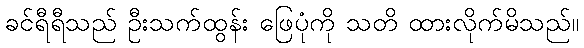
ခင်ရီရီသည် ဦးသက်ထွန်း ဖြေပုံကို သတိ ထားလိုက်မိသည်။